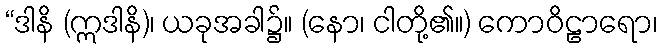
“ဒါနိ (ဣဒါနိ)၊ ယခုအခါ၌။ (နော၊ ငါတို့၏။) ကောဝိဠာရော၊